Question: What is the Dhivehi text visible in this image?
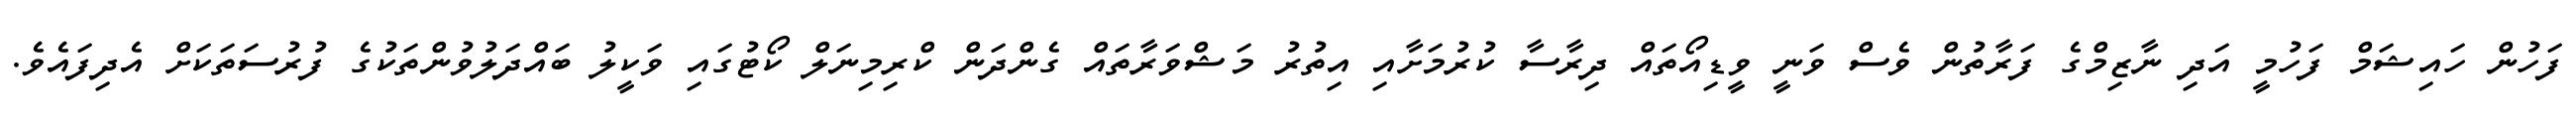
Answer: ފަހުން ހައިޝަމް ފަހުމީ އަދި ނާޒިމްގެ ފަރާތުން ވެސް ވަނީ ވީޑިއޯތައް ދިރާސާ ކުރުމަށާއި އިތުރު މަޝްވަރާތައް ގެންދަން ކްރިމިނަލް ކޯޓުގައި ވަކީލު ބައްދަލުވުންތަކުގެ ފުރުސަތަކަށް އެދިފައެވެ.